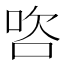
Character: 𭇺